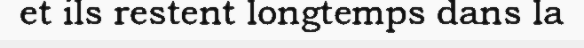
et ils restent longtemps dans la